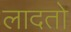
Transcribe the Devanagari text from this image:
लादतो